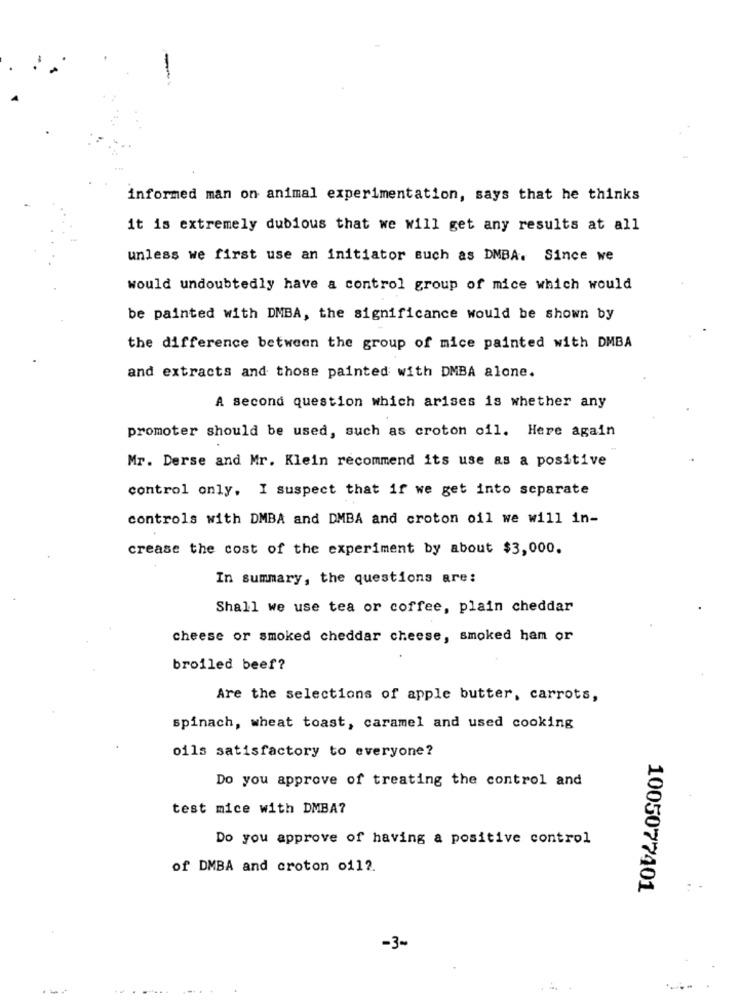
informed man on animal experimentation, says that he thinks
it is extremely dubious that we will get any results at all
unless we first use an initiator such as DMBA. Since we
would undoubtedly have a control group of mice which would
be painted with DMBA, the significance would be shown by
the difference between the group of mice painted with DMBA
and extracts and those painted with DMBA alone.
A second question which arises is whether any
promoter should be used, such as croton oil. Here again
Mr. Derse and Mr. Klein recommend its use as a positive
control only, I suspect that if we get into separate
controls with DMBA and DMBA and croton oil we will in-
crease the cost of the experiment by about $3,000.
In summary, the questions are:
Shall we use tea or coffee, plain cheddar
cheese or smoked cheddar cheese, smoked ham or
broiled beef?
Are the selections of apple butter, carrots,
spinach, wheat toast, caramel and used cooking
oils satisfactory to everyone?
Do you approve of treating the control and
test mice with DMBA7
Do you approve of having a positive control
of DMBA and croton o112.
1005077401
-3~
.... .